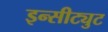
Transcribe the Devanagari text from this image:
इन्सीट्युट